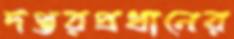
দপ্তরপ্রধানের